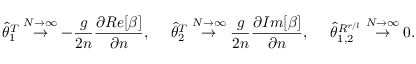
\widehat { \theta } _ { 1 } ^ { T } \stackrel { N \rightarrow \infty } { \rightarrow } - \frac { g } { 2 n } \frac { \partial R e [ \beta ] } { \partial n } , \ \ \ \ \widehat { \theta } _ { 2 } ^ { T } \stackrel { N \rightarrow \infty } { \rightarrow } \frac { g } { 2 n } \frac { \partial I m [ \beta ] } { \partial n } , \ \ \ \ \widehat { \theta } _ { 1 , 2 } ^ { R ^ { r / l } } \stackrel { N \rightarrow \infty } { \rightarrow } 0 .